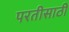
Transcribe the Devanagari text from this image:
परतीसाठी